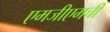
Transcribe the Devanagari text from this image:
एमजीएमची